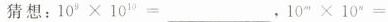
猜想：10{9}\times 10{10}=__，10{m}\times 10{n}=